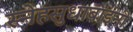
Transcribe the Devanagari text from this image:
स्नेहसुधाबाईंनी